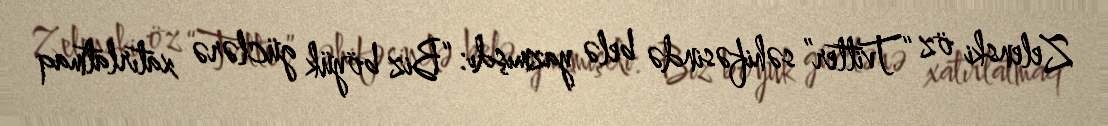
Zelenski öz “Tvitter” səhifəsində belə yazmışdı: “Biz böyük güclərə xatırlatmaq